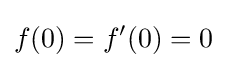
f(0)=f'(0)=0